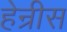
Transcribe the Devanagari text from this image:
हेन्रीस